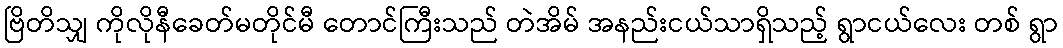
ဗြိတိသျှ ကိုလိုနီခေတ်မတိုင်မီ တောင်ကြီးသည် တဲအိမ် အနည်းငယ်သာရှိသည့် ရွာငယ်လေး တစ် ရွာ